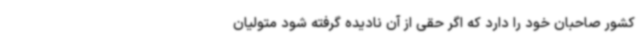
کشور صاحبان خود را دارد که اگر حقی از آن نادیده گرفته شود متولیان